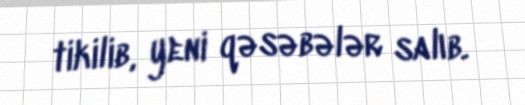
tikilib, yeni qəsəbələr salıb.